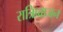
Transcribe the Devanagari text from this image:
रात्रिप्र्व्राजन